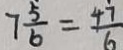
7 \frac { 5 } { 6 } = \frac { 4 \dot { 7 } } { 6 }